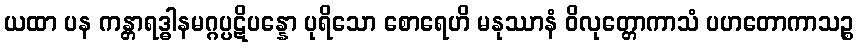
ယထာ ပန ကန္တာရဒ္ဓါနမဂ္ဂပ္ပဋိပန္နော ပုရိသော စောရေဟိ မနုဿာနံ ဝိလုတ္တောကာသံ ပဟတောကာသဉ္စ